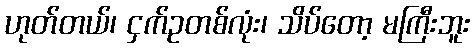
ဟုတ်တယ်၊ ငှက်ဥတစ်လုံး၊ သိပ်တော့ မကြီးဘူး